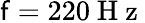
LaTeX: \mathsf{f}=220\mathrm{{~H~z~}}